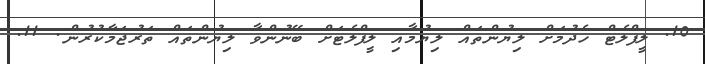
10. ލީފްލެޓް ހެދުމަށް ލިޔުންތައް ލިޔުމާއި ލީފްލެޓަށް ބޭނުންވާ ލިޔުންތައް ތަރުޖަމާކުރުން. 11.